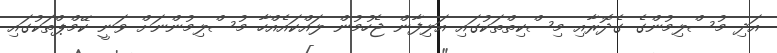
އަދި މުސްލިމުންގެ ގެދޮރާއި މިސްކިތްތަކުގައި އަލިފާން ޖެހުމުން ލައްކައެއްހާ މުސްލިމުންނަށް ވަނީ ކޭމްޕްތަކުގައި